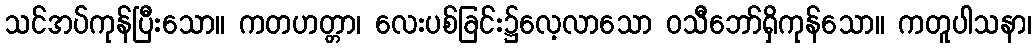
သင်အပ်ကုန်ပြီးသော။ ကတဟတ္တာ၊ လေးပစ်ခြင်း၌လေ့လာသော ဝသီဘော်ရှိကုန်သော။ ကတူပါသနာ၊